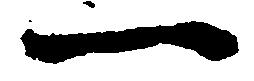
一